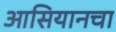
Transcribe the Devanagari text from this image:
आसियानचा